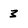
Character: 3